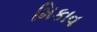
મિકાવ